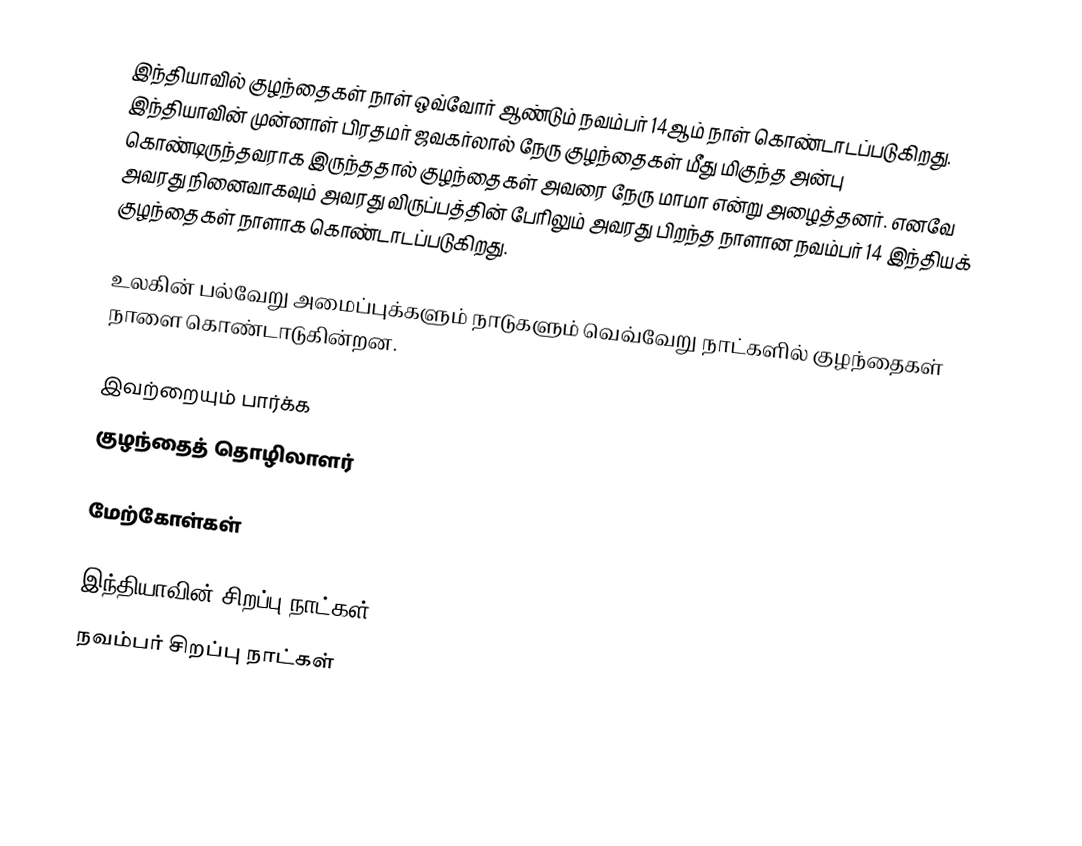
இந்தியாவில் குழந்தைகள் நாள் ஒவ்வோர் ஆண்டும் நவம்பர் 14ஆம் நாள்  கொண்டாடப்படுகிறது.  இந்தியாவின் முன்னாள் பிரதமர் ஜவகர்லால் நேரு குழந்தைகள் மீது மிகுந்த அன்பு கொண்டிருந்தவராக இருந்ததால் குழந்தைகள் அவரை நேரு மாமா என்று அழைத்தனர். எனவே அவரது நினைவாகவும் அவரது விருப்பத்தின் பேரிலும் அவரது பிறந்த நாளான நவம்பர் 14 இந்தியக் குழந்தைகள் நாளாக கொண்டாடப்படுகிறது.

உலகின் பல்வேறு அமைப்புக்களும் நாடுகளும் வெவ்வேறு நாட்களில் குழந்தைகள் நாளை கொண்டாடுகின்றன.

இவற்றையும் பார்க்க
 குழந்தைத் தொழிலாளர்

மேற்கோள்கள்

இந்தியாவின் சிறப்பு நாட்கள்
நவம்பர் சிறப்பு நாட்கள்